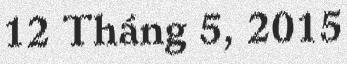
12 Tháng 5, 2015